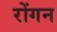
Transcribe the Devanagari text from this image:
रोंगन